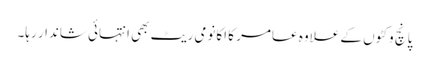
پانچ وکٹوں کے علاوہ عامر کا اکانومی ریٹ بھی انتہائی شاندار رہا۔